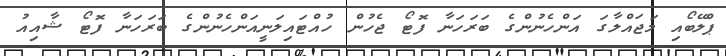
ޕްލޭބޯއި މަޖައްލާގަ އަންހެނުންގެ ބަރަހަނާ ފޮޓޯ ޖެހުން ހުއްޓައިލަނީއަންހެނުންގެ ބަރަހަނާ ފޮޓޯ ޝާއިއު